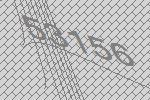
53156